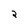
Character: 2